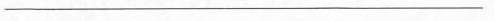
___